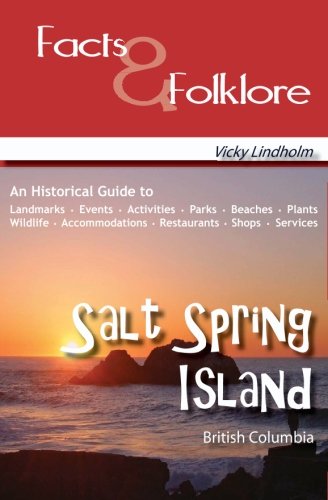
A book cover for Salt Spring Island: Facts & Folklore; Vicky Lindholm; Travel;